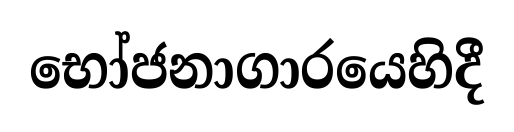
භෝජනාගාරයෙහිදී